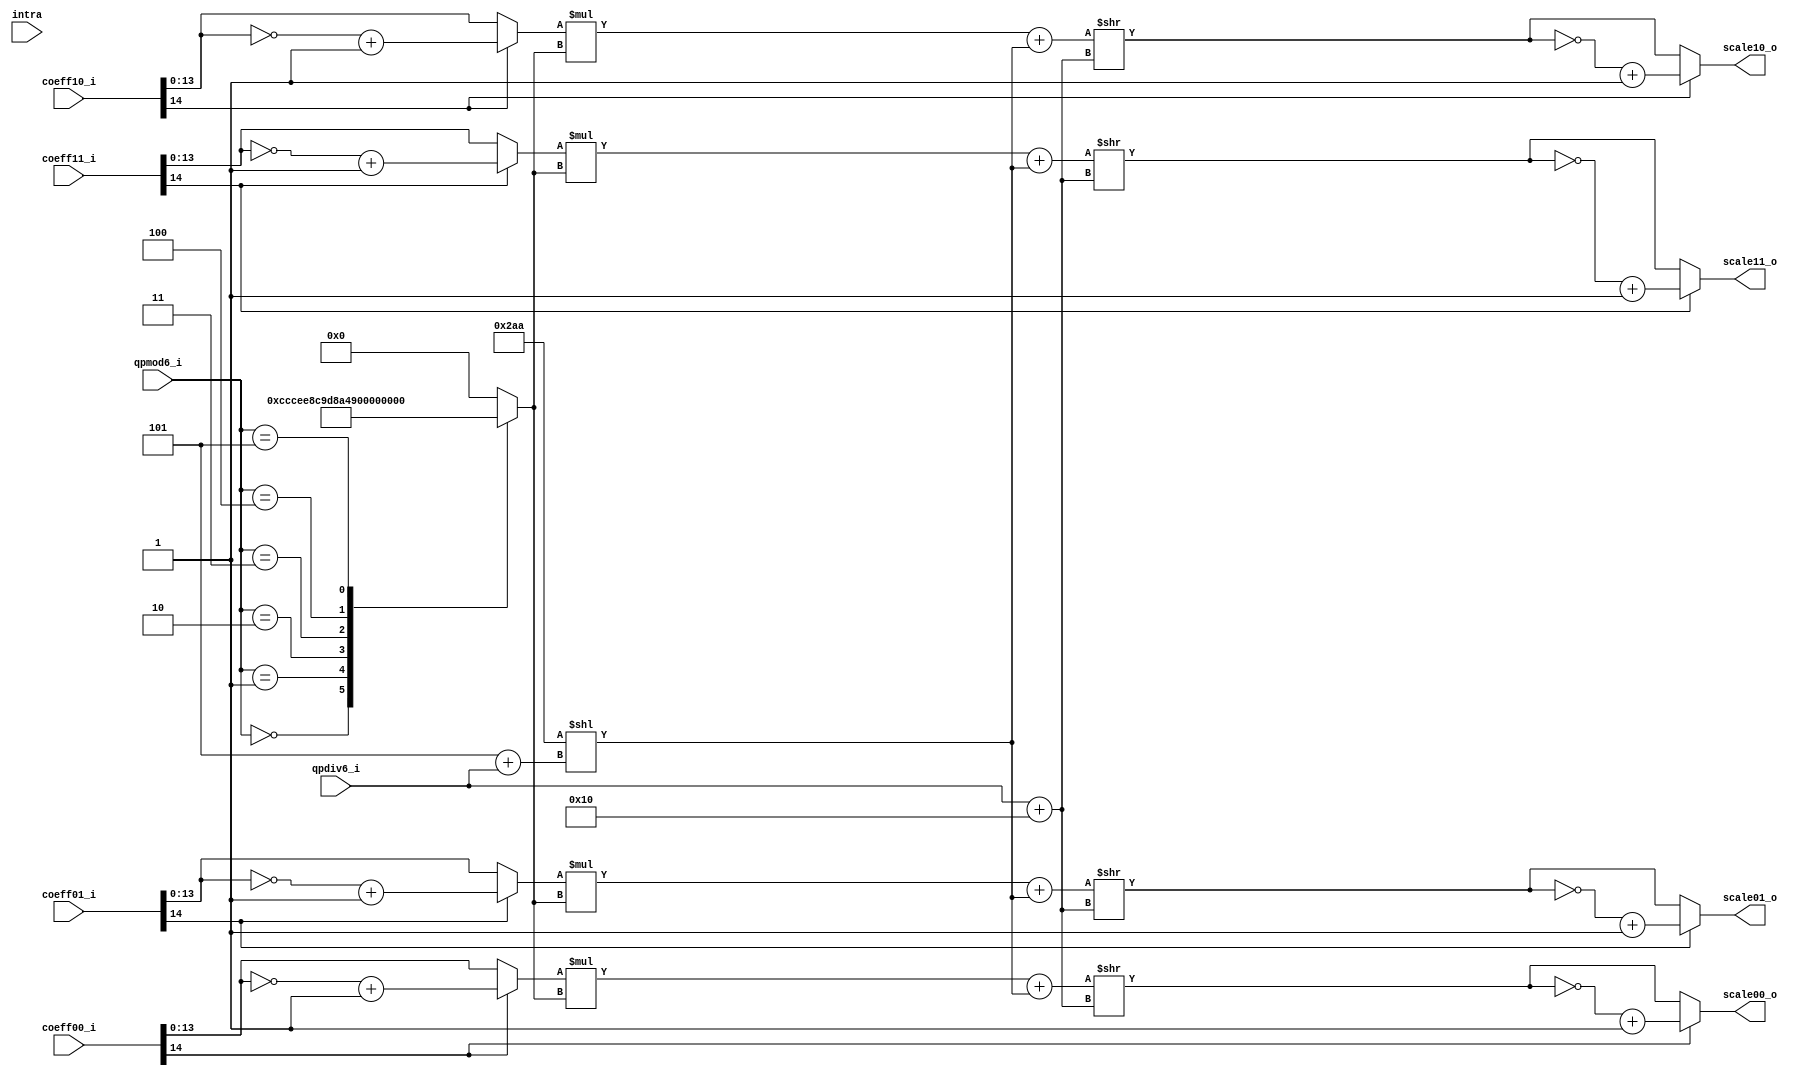
module tq_quant2x2_dc(
				qpmod6_i, 
				qpdiv6_i,
				intra,
				
				coeff00_i,
				coeff01_i,
				coeff10_i,
				coeff11_i,
				
				scale00_o,
				scale01_o,
				scale10_o,
				scale11_o
);

parameter IN_WIDTH = 15;
parameter OUT_WIDTH = 15;

input   [2:0] qpmod6_i; 
input   [3:0] qpdiv6_i;
input         intra;

input  [IN_WIDTH-1:0] coeff00_i;
input  [IN_WIDTH-1:0] coeff01_i;
input  [IN_WIDTH-1:0] coeff10_i;
input  [IN_WIDTH-1:0] coeff11_i;
  
output [OUT_WIDTH-1:0] scale00_o;
output [OUT_WIDTH-1:0] scale01_o;
output [OUT_WIDTH-1:0] scale10_o;
output [OUT_WIDTH-1:0] scale11_o;

wire [2:0] qpmod6_i;
wire [3:0] qpdiv6_i;

wire [23:0] bias_w;
wire [ 4:0] rshift_len_w;

reg  [13: 0]mf00_w;

wire [IN_WIDTH-2:0] coef_abs00;
wire [IN_WIDTH-2:0] coef_abs01;
wire [IN_WIDTH-2:0] coef_abs10;
wire [IN_WIDTH-2:0] coef_abs11;

wire [IN_WIDTH-1:0] scale_abs00;
wire [IN_WIDTH-1:0] scale_abs01;
wire [IN_WIDTH-1:0] scale_abs10;
wire [IN_WIDTH-1:0] scale_abs11;   

wire [31:0] scale_abs00_w;
wire [31:0] scale_abs01_w;
wire [31:0] scale_abs10_w;
wire [31:0] scale_abs11_w;


assign coef_abs00 = coeff00_i[IN_WIDTH-1]? (~coeff00_i[IN_WIDTH-2:0] + 1'b1) : coeff00_i[IN_WIDTH-2:0];
assign coef_abs01 = coeff01_i[IN_WIDTH-1]? (~coeff01_i[IN_WIDTH-2:0] + 1'b1) : coeff01_i[IN_WIDTH-2:0];
assign coef_abs10 = coeff10_i[IN_WIDTH-1]? (~coeff10_i[IN_WIDTH-2:0] + 1'b1) : coeff10_i[IN_WIDTH-2:0];
assign coef_abs11 = coeff11_i[IN_WIDTH-1]? (~coeff11_i[IN_WIDTH-2:0] + 1'b1) : coeff11_i[IN_WIDTH-2:0];


assign scale_abs00_w = (coef_abs00 * mf00_w + bias_w) >> rshift_len_w;
assign scale_abs01_w = (coef_abs01 * mf00_w + bias_w) >> rshift_len_w;
assign scale_abs10_w = (coef_abs10 * mf00_w + bias_w) >> rshift_len_w;
assign scale_abs11_w = (coef_abs11 * mf00_w + bias_w) >> rshift_len_w;
   
assign scale_abs00 =  scale_abs00_w[14 : 0] ;  
assign scale_abs01 =  scale_abs01_w[14 : 0] ;  
assign scale_abs10 =  scale_abs10_w[14 : 0] ;  
assign scale_abs11 =  scale_abs11_w[14 : 0] ;  
   
assign scale00_o = coeff00_i[IN_WIDTH-1]? (~scale_abs00 + 1'b1) : scale_abs00;
assign scale01_o = coeff01_i[IN_WIDTH-1]? (~scale_abs01 + 1'b1) : scale_abs01;
assign scale10_o = coeff10_i[IN_WIDTH-1]? (~scale_abs10 + 1'b1) : scale_abs10;
assign scale11_o = coeff11_i[IN_WIDTH-1]? (~scale_abs11 + 1'b1) : scale_abs11;


//specify shift length
assign rshift_len_w = qpdiv6_i + 5'd16;//qbits = 15 + 1 + qp/6
assign bias_w =  24'd682 << (3'd5 + qpdiv6_i);//changed!!!

always @(*) begin
	case (qpmod6_i)
		3'b000:mf00_w = 14'd13107;
		3'b001:mf00_w = 14'd11916;
		3'b010:mf00_w = 14'd10082;
		3'b011:mf00_w = 14'd9362;
		3'b100:mf00_w = 14'd8192;
		3'b101:mf00_w = 14'd7282;
		default:mf00_w = 14'd0;
	endcase
end

endmodule